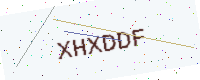
Text: XHXDDF